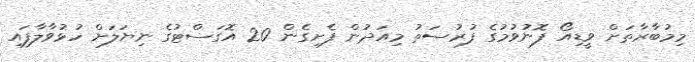
މިމުބާރާތަށް ވީޑިއޯ ފޮނުވުމުގެ ފުރުސަތު މިއަދުން ފެށިގެން 20 އޮގަސްޓުގެ ނިޔަލަށް ހުޅުވާލާފައި